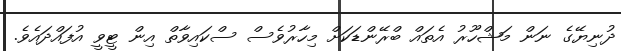
ދުނިޔޭގެ ނަން މަޝްހޫރު އެތައް ބްރޭންޑަކަށް މިހާރުވެސް ސްކައިވާތް އިން ޓީވީ އުފައްދައެވެ.